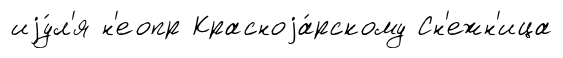
иjу́л'я н'еопр Красноjа́рскому Сн'ежн'ица